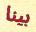
بينا